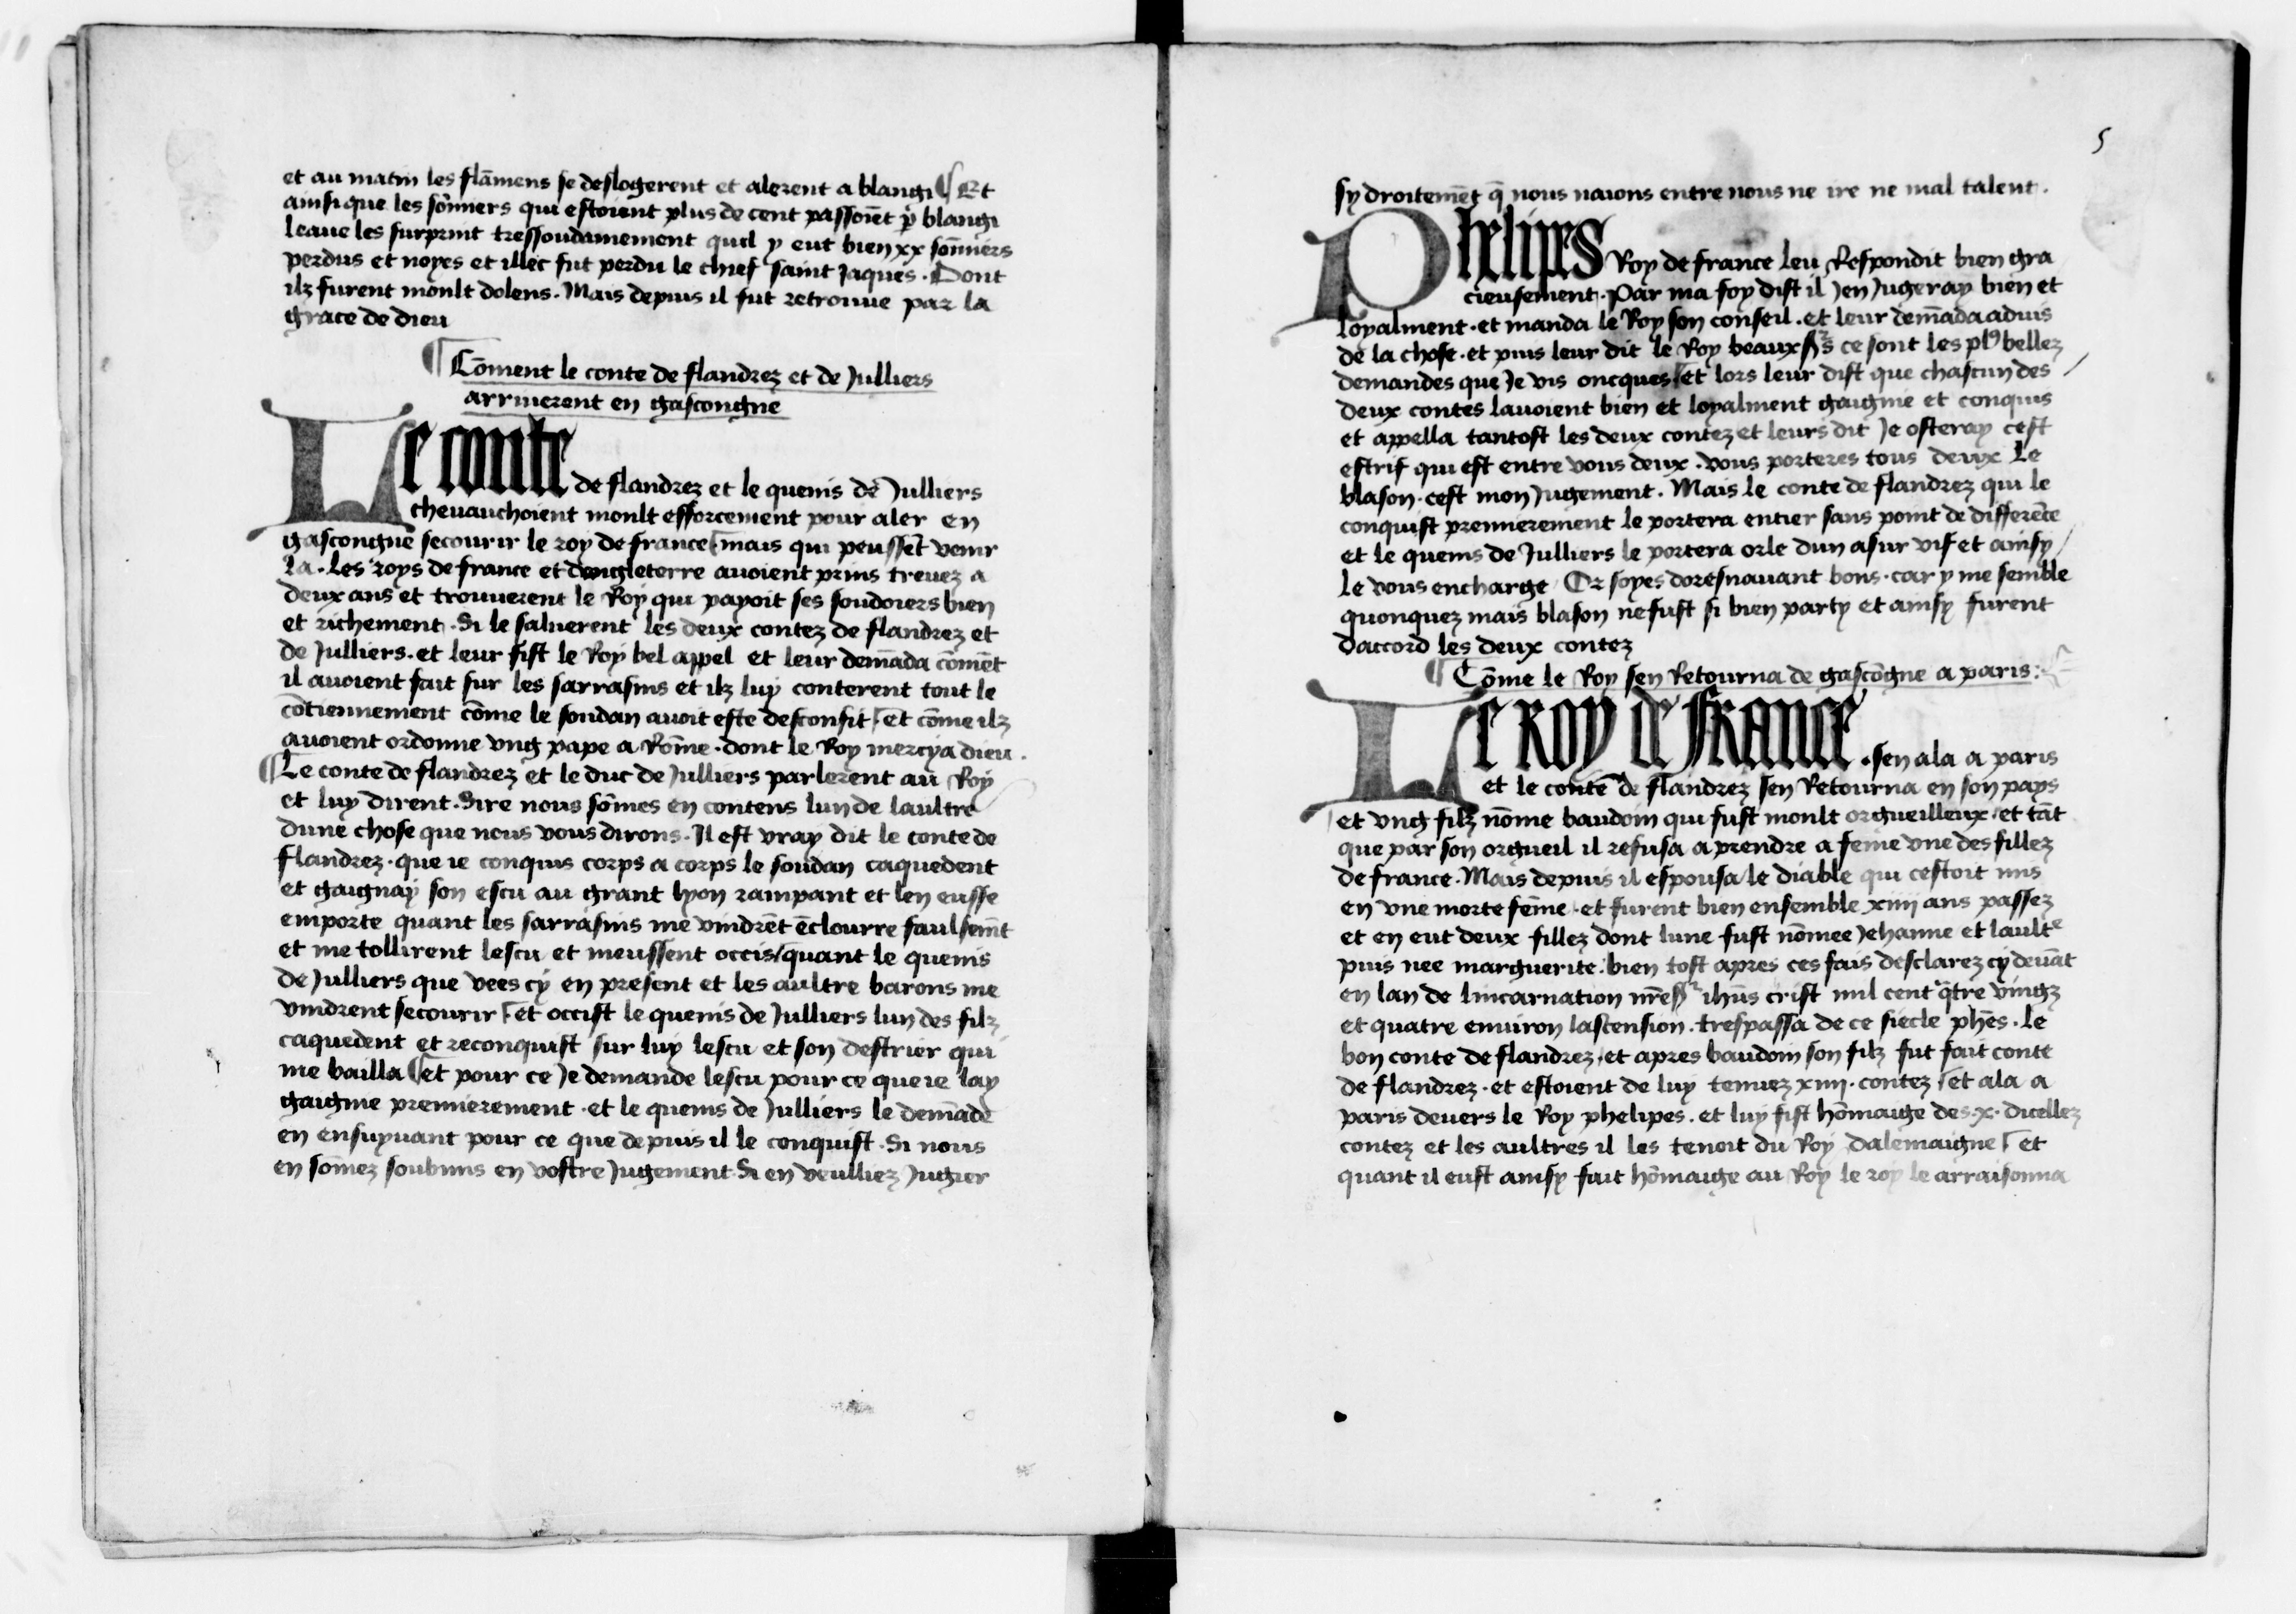
Shelfmark: Paris, BnF, NAF 6213
Century: 15